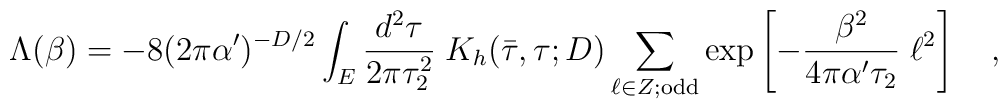
\Lambda (\beta) = -8(2\pi \alpha^\prime)^{-D/2} \int_{E} \frac{d^2\tau}{2\pi \tau_2^2} \; K_h (\bar{\tau}, \tau; D) \sum_{\ell \in Z; {\rm odd}} \exp \left[ - \frac{\beta^2}{4\pi \alpha^\prime \tau_2}\; \ell^2 \right] \quad,